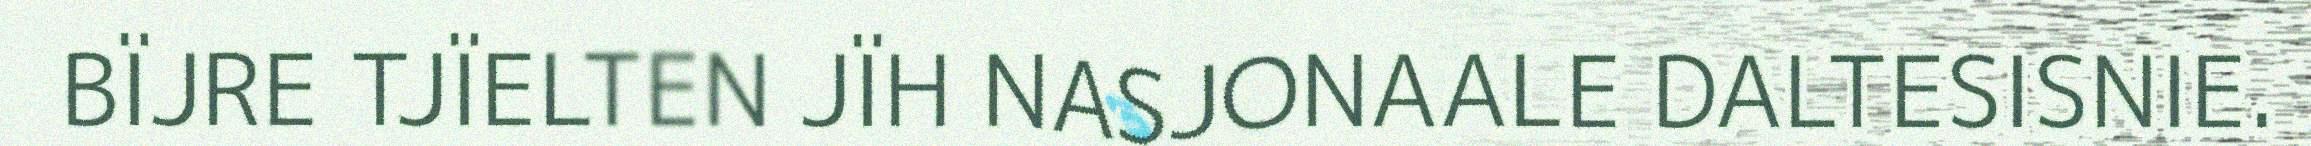
BÏJRE TJÏELTEN JÏH NASJONAALE DALTESISNIE.